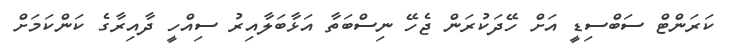
ކަރަންޓް ސަބްސިޑީ އަށް ހޭދަކުރަން ޖެހޭ ނިސްބަތާ އަޅާބަލާއިރު ސިއްހީ ދާއިރާގެ ކަންކަމަށް